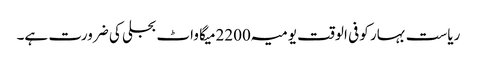
ریاست بہار کو فی الوقت یومیہ 2200میگا واٹ بجلی کی ضرورت ہے۔